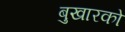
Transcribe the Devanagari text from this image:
बुखारको